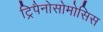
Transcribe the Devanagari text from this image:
ट्रिपैनोसोमोसिस